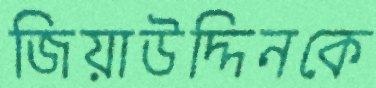
জিয়াউদ্দিনকে